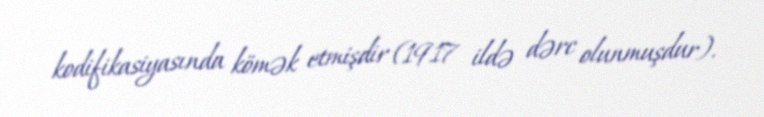
kodifikasiyasında kömək etmişdir (1917 ildə dərc olunmuşdur).